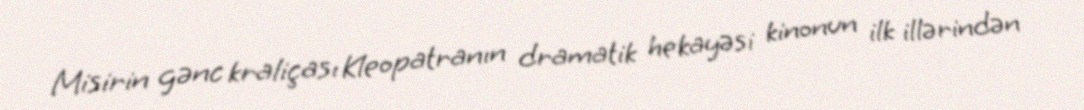
Misirin gənc kraliçası Kleopatranın dramatik hekayəsi kinonun ilk illərindən